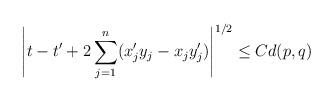
LaTeX: \begin{align*}\left| t-t' + 2 \sum_{j=1}^n (x_j'y_j - x_j y_j') \right|^{1/2} \leq C d(p,q)\end{align*}